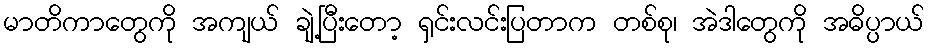
မာတိကာတွေကို အကျယ် ချဲ့ပြီးတော့ ရှင်းလင်းပြတာက တစ်စု၊ အဲဒါတွေကို အဓိပ္ပာယ်